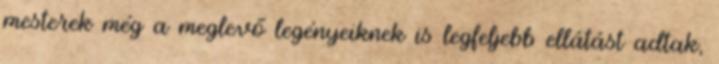
mesterek még a meglevő legényeiknek is legfeljebb ellátást adtak,